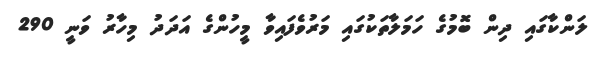
ލަންކާގައި ދިން ބޮމުގެ ހަމަލާތަކުގައި މަރުވެފައިވާ މީހުންގެ އަދަދު މިހާރު ވަނީ 290